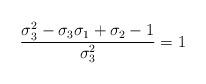
LaTeX: \begin{align*}\frac{\sigma_3^2-\sigma_3\sigma_1+\sigma_2-1}{\sigma_3^2}=1\end{align*}